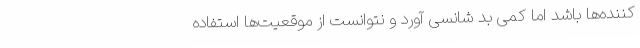
کننده‌ها باشد اما کمی بد شانسی آورد و نتوانست از موقعیت‌ها استفاده